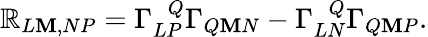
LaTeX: \mathbb{R}_{L\mathbf{M},NP}=\Gamma_{LP}^{~~~Q}\Gamma_{Q\mathbf{M}N}-\Gamma_{LN}^{~~~Q}\Gamma_{Q\mathbf{M}P}.